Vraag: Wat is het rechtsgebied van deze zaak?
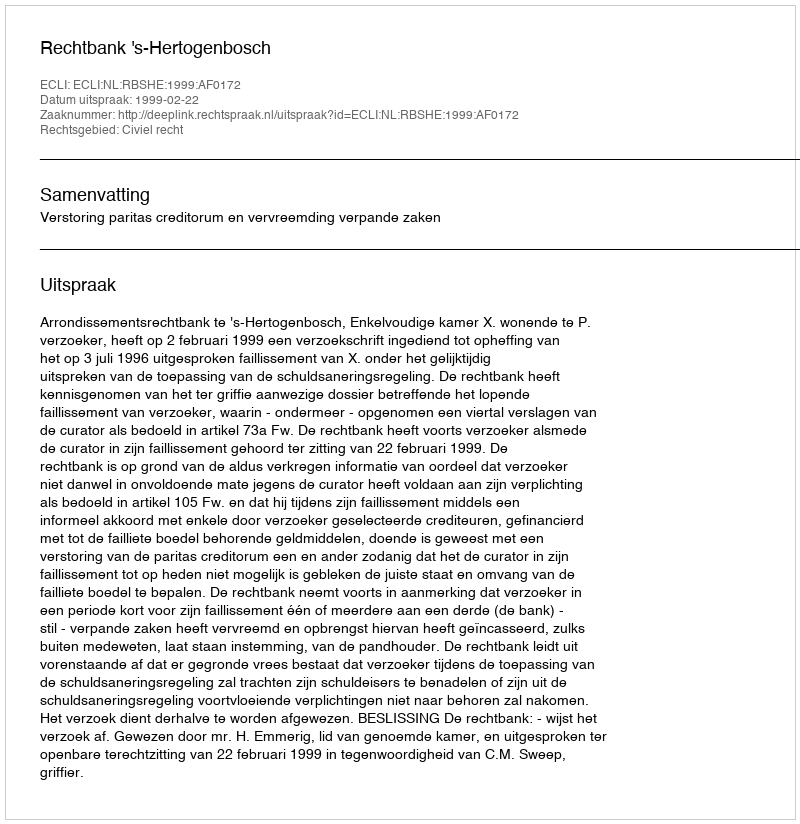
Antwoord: Civiel recht